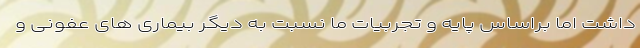
داشت اما براساس پایه و تجربیات ما نسبت به دیگر بیماری های عفونی و